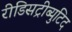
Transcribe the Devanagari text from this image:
रीडिसट्रीब्युटिद